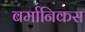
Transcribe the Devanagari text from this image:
बर्मानिकस